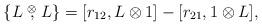
LaTeX: \begin{align*}\{L\stackrel{\otimes}{,}L\}= [ r_{12}, L \otimes 1 ] - [ r_{21}, 1 \otimes L],\end{align*}